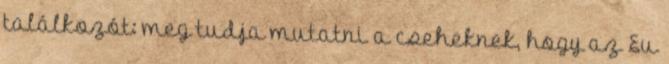
találkozót: meg tudja mutatni a cseheknek, hogy az Eu